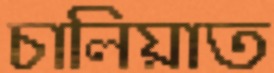
চালিয়াত